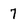
Character: 7